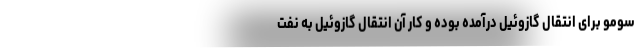
سومو برای انتقال گازوئیل درآمده بوده و کار آن انتقال گازوئیل به نفت